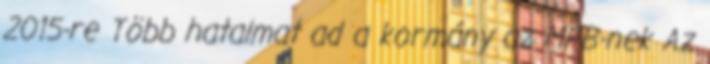
2015-re Több hatalmat ad a kormány az MFB-nek Az